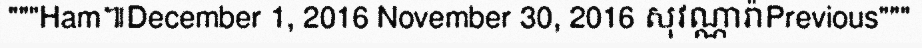
"""Ham៕December 1, 2016 November 30, 2016 សុវណ្ណារ៉ាPrevious"""